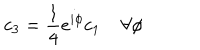
c _ { 3 } = \frac { 1 } { 4 } e ^ { i \phi } c _ { 1 } \; \forall \phi